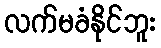
လက်မခံနိုင်ဘူး